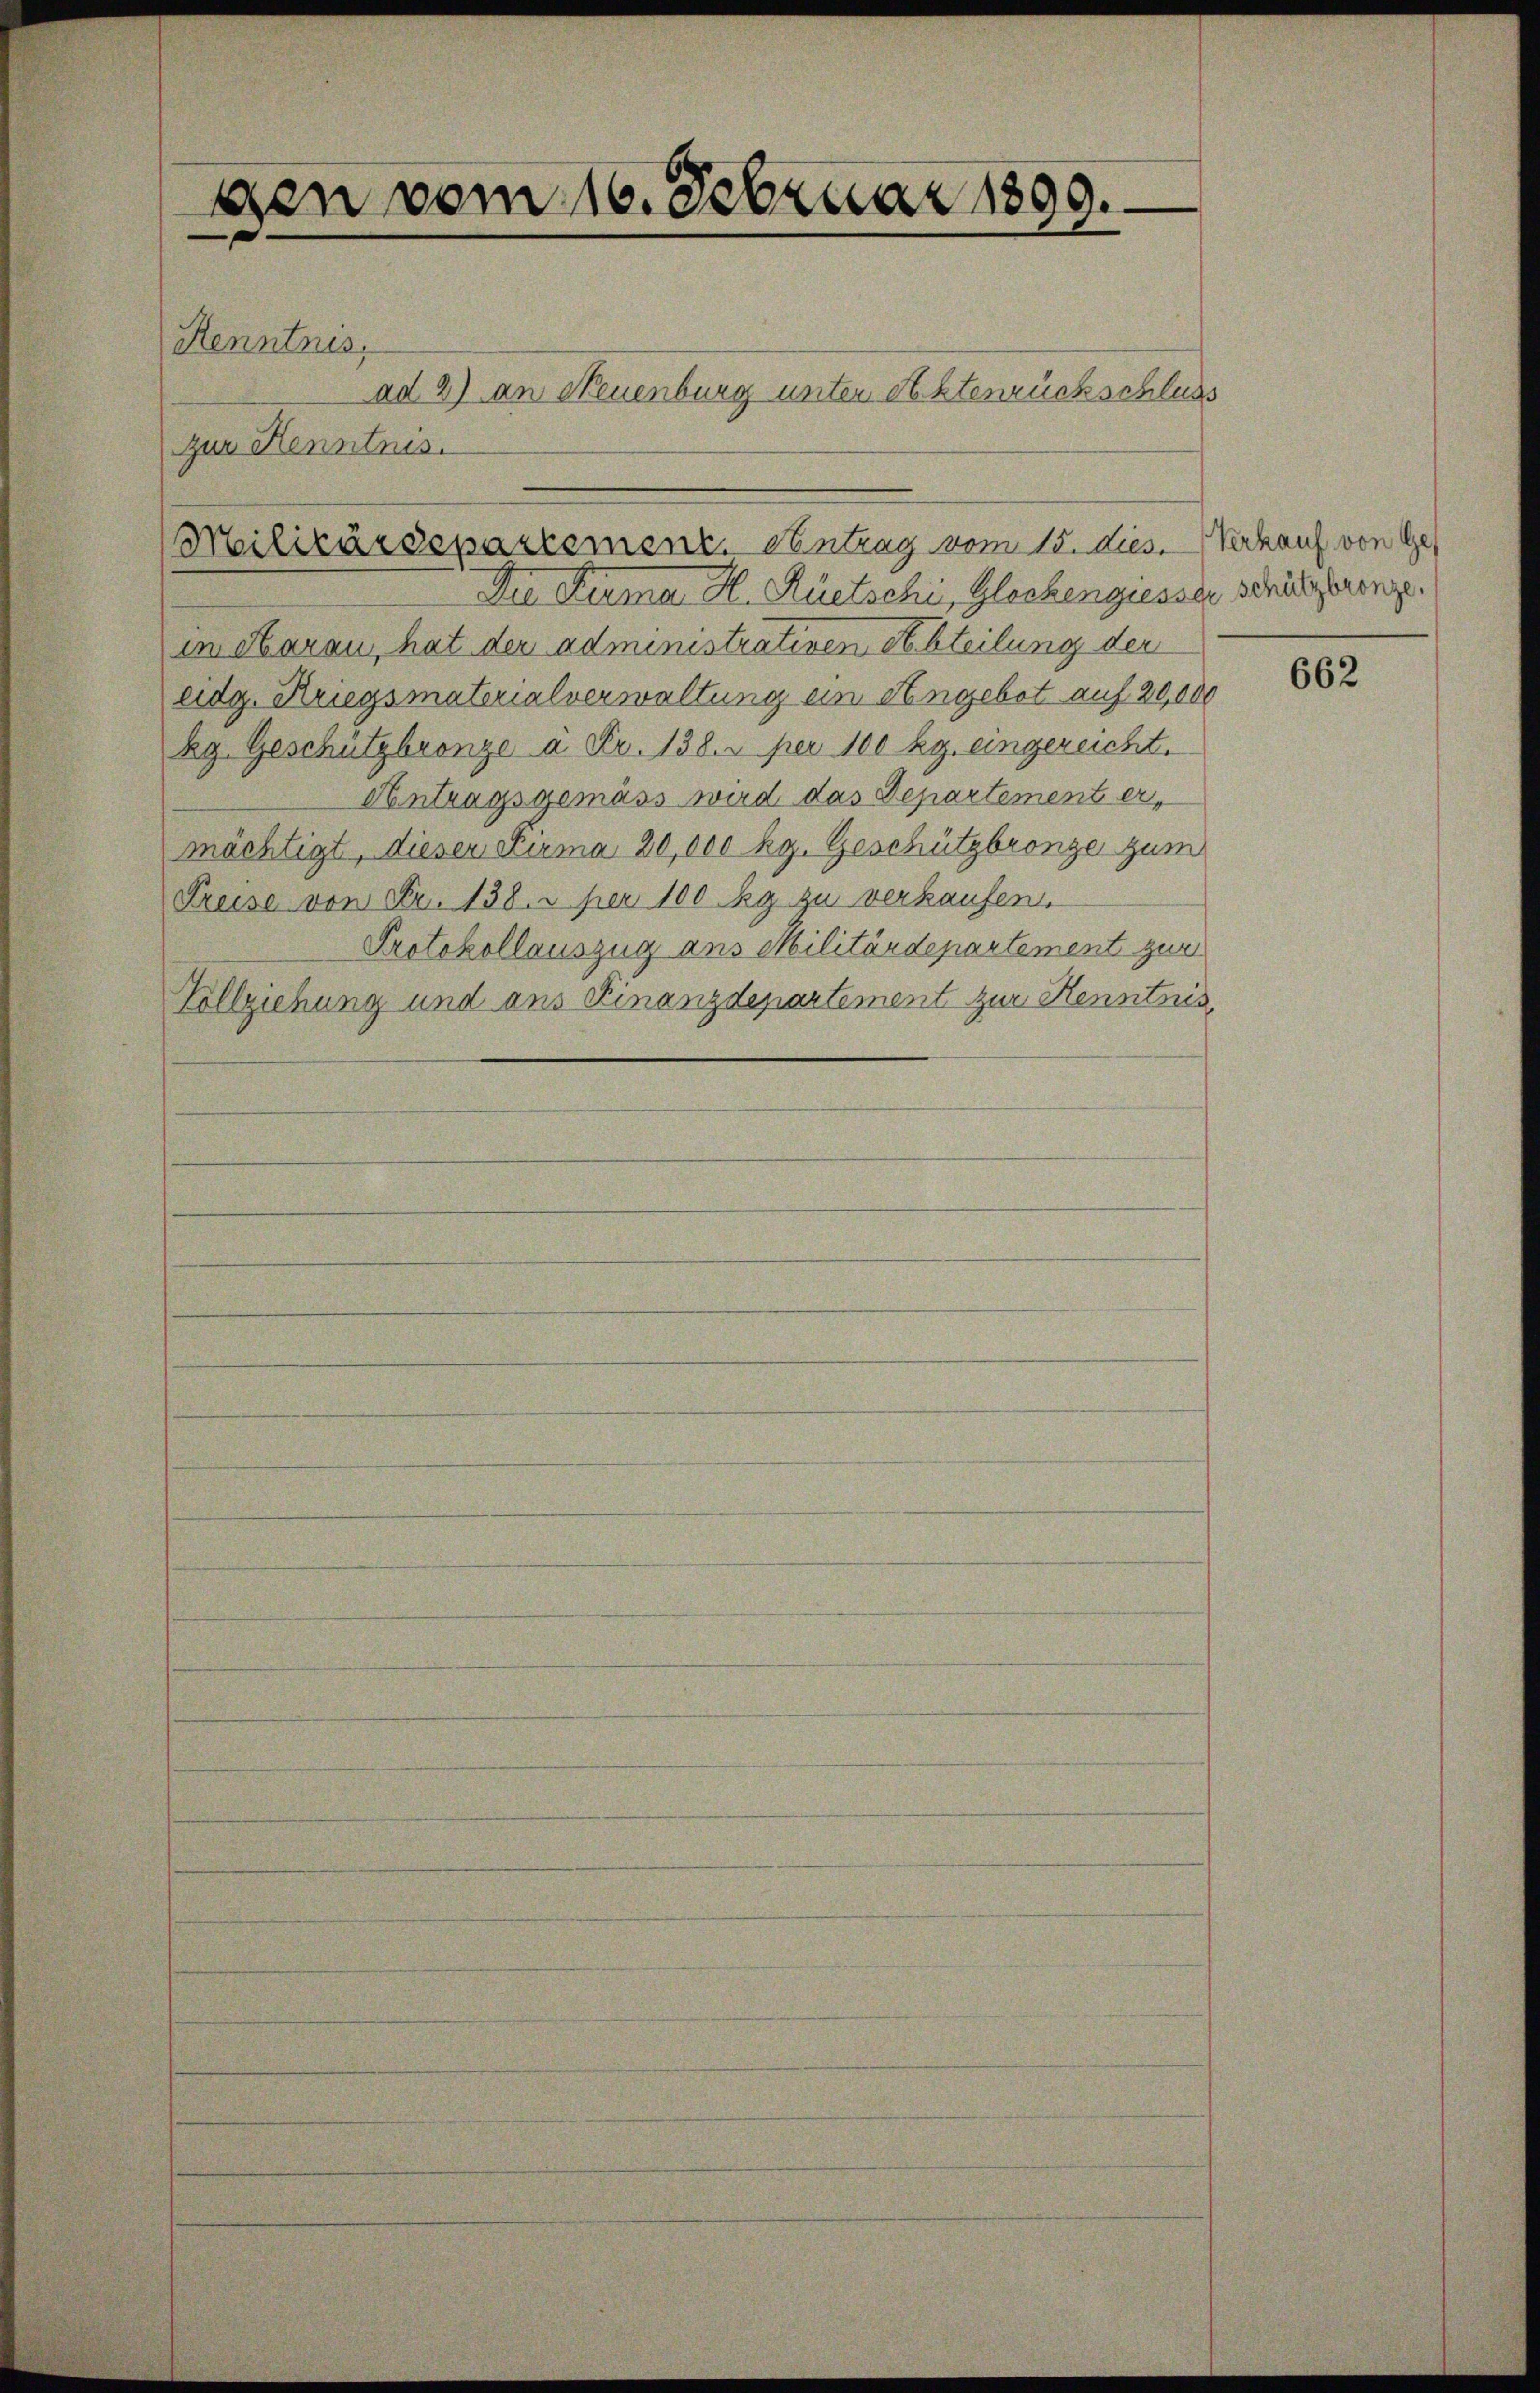
gen vom 16. Februar 1899.

Kenntnis,
ad 2) an Neuenburg unter Aktenrückschluss
zur Kenntnis.

(Militärdepartement. Antrag vom 15. dies. Verkauf von Ge

Die Firma H. Rüetschi, Glockengiesser schützterenze
in Harau, hat der administrativen Abteilung der
eidg. Kriegsmaterialverwaltung ein Angebot auf 20,000
kg. Geschützbronze à Fr. 138. per 100 kg. eingereicht.
Antragsgemäss wird das Departement ermächtigt, dieser Kuma 20,000 kg. Geschützbronze zum
Preise von Fr. 138. per 100 ky zu verkaufen.
Protokollauszug aus Militärdepartement zur
Vollziehung und aus Finanzdepartement zur Kenntnis,

662